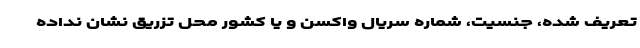
تعریف شده، جنسیت، شماره سریال واکسن و یا کشور محل تزریق نشان نداده